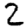
Digit: 2